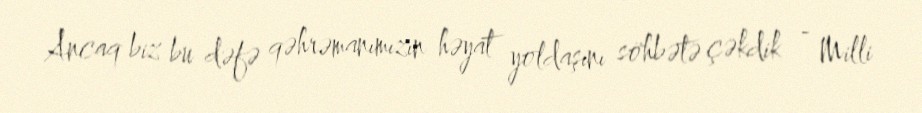
Ancaq biz bu dəfə qəhrəmanımızın həyat yoldaşını söhbətə çəkdik - Milli